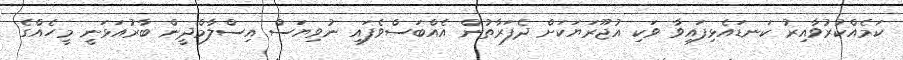
ކަމެއްކުރުވާއިރު ކަނޑައެޅިފައިވާ ވަކި އުޖޫރަޔަކަށް ދެފަރާތުން އެއްބަސްވެފައި ނުވިޔަސް އިސްލާމްދީން ބާރުއަޅަނީ މީހެއްގެ